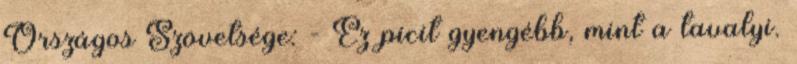
Országos Szövetsége: - Ez picit gyengébb, mint a tavalyi.